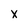
Character: x